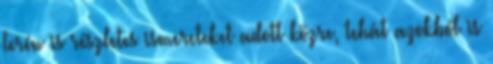
terén is részletes ismereteket adott közre, tehát azokból is